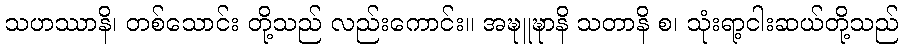
သဟဿာနိ၊ တစ်သောင်း တို့သည် လည်းကောင်း။ အဍ္ဎူဍ္ဎာနိ သတာနိ စ၊ သုံးရာ့ငါးဆယ်တို့သည်